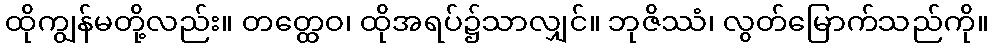
ထိုကျွန်မတို့လည်း။ တတ္ထေဝ၊ ထိုအရပ်၌သာလျှင်။ ဘုဇိဿံ၊ လွတ်မြောက်သည်ကို။